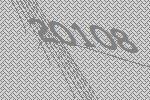
20108